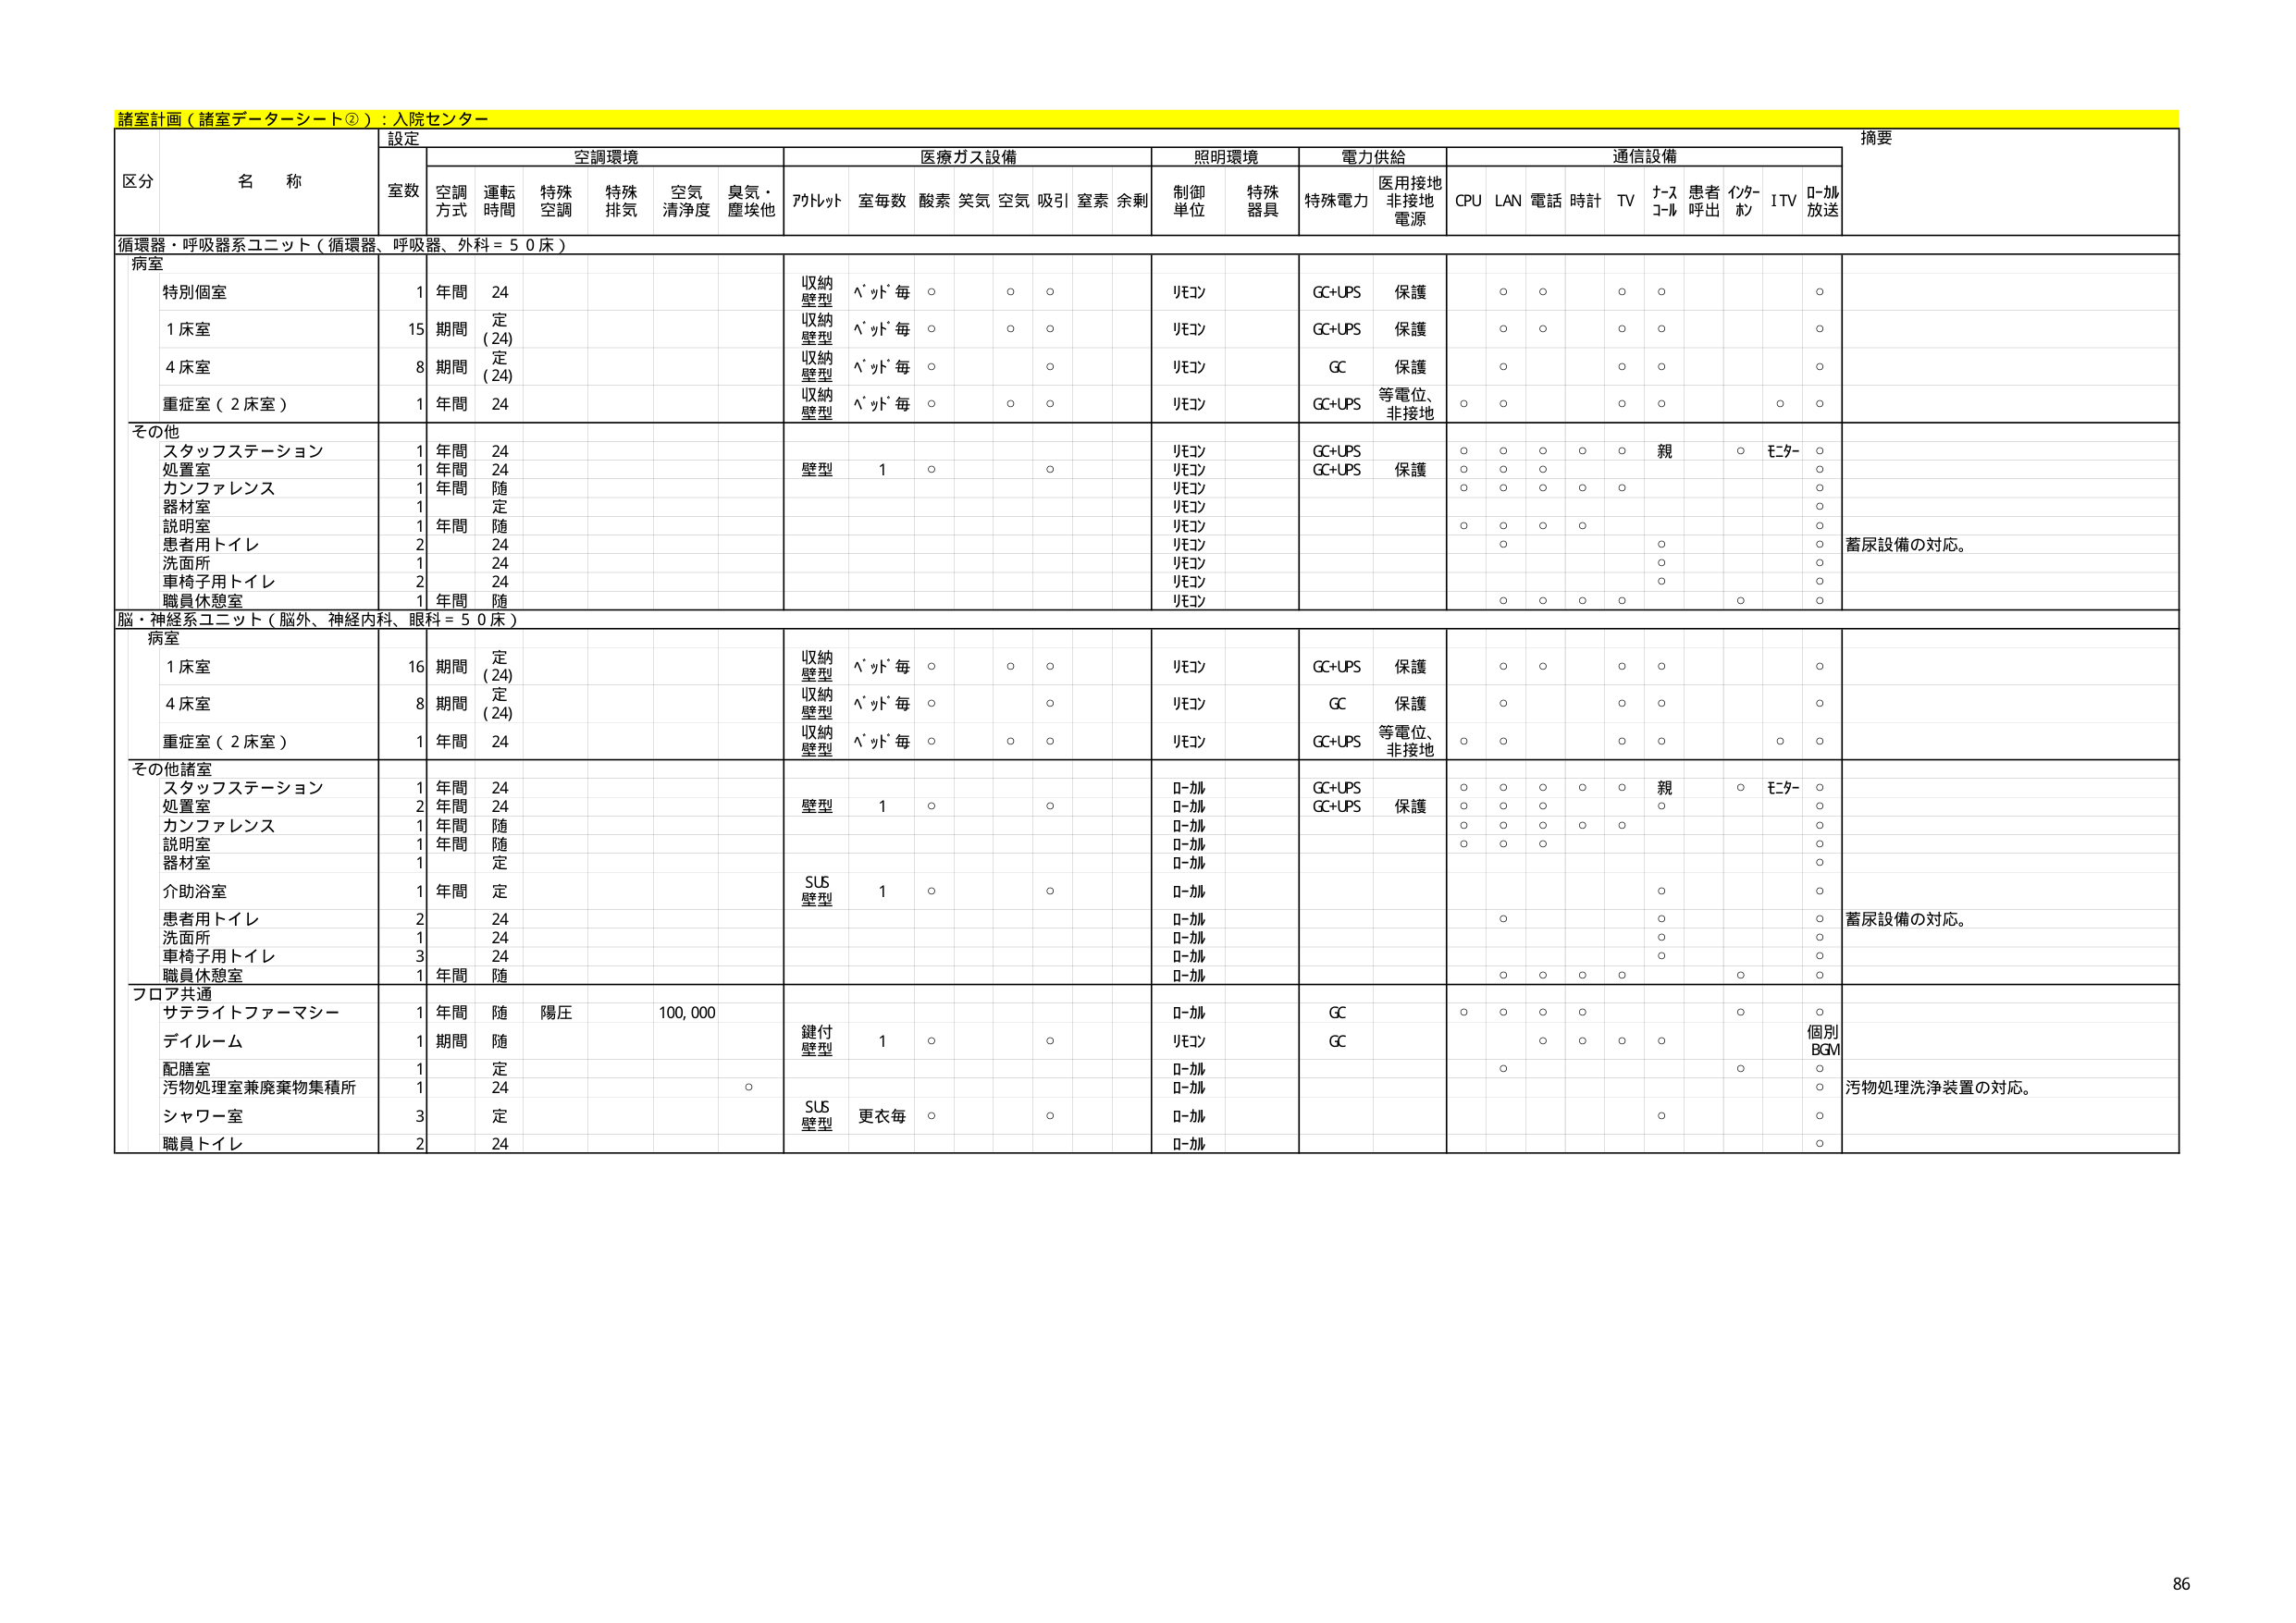
諸室計画（諸室データーシート②）：入院センター

区分 名称 設定 摘要
空調環境 医療ガス設備 照明環境 電力供給 通信設備
室数 空調方式 運転時間 特殊空調 特殊排気 空気清浄度 臭気・塵埃他 アルトット 室毎数 酸素 笑気 空気 吸引 窒素 余剰 制御単位 特殊器具 特殊電力 医用接地非接地電源 CPU LAN 電話 時計 TV ナースコール 患者呼出 インターホン ITV ローカル放送

循環器・呼吸器系ユニット（循環器、呼吸器、外科＝50床）
病室
特別個室 1 年間 24 収納壁型 ベッド毎 ○ ○ ○ リモコン GC+UPS 保護 ○ ○ ○ ○ ○
1床室 15 期間 定(24) 収納壁型 ベッド毎 ○ ○ ○ リモコン GC+UPS 保護 ○ ○ ○ ○ ○
4床室 8 期間 定(24) 収納壁型 ベッド毎 ○ ○ リモコン GC 保護 ○ ○ ○ ○
重症室（2床室） 1 年間 24 収納壁型 ベッド毎 ○ ○ ○ リモコン GC+UPS 等電位、非接地 ○ ○ ○ ○ ○ ○

その他
スタッフステーション 1 年間 24 リモコン GC+UPS ○ ○ ○ ○ ○ 親 ○ モニター ○
処置室 1 年間 24 壁型 1 ○ ○ リモコン GC+UPS 保護 ○ ○ ○ ○ ○
カンファレンス 1 年間 随 リモコン ○ ○ ○ ○
器材室 1 定 リモコン ○
説明室 1 年間 随 リモコン ○ ○ ○ ○
患者用トイレ 2 24 リモコン ○ ○ 蓄尿設備の対応。
洗面所 1 24 リモコン ○ ○
車椅子用トイレ 2 24 リモコン ○ ○
職員休憩室 1 年間 随 リモコン ○ ○ ○ ○ ○ ○

脳・神経系ユニット（脳外、神経内科、眼科＝50床）
病室
1床室 16 期間 定(24) 収納壁型 ベッド毎 ○ ○ ○ リモコン GC+UPS 保護 ○ ○ ○ ○ ○
4床室 8 期間 定(24) 収納壁型 ベッド毎 ○ ○ リモコン GC 保護 ○ ○ ○ ○
重症室（2床室） 1 年間 24 収納壁型 ベッド毎 ○ ○ ○ リモコン GC+UPS 等電位、非接地 ○ ○ ○ ○ ○ ○

その他諸室
スタッフステーション 1 年間 24 ローカル GC+UPS ○ ○ ○ ○ ○ 親 ○ モニター ○
処置室 2 年間 24 壁型 1 ○ ○ ローカル GC+UPS 保護 ○ ○ ○ ○
カンファレンス 1 年間 随 ローカル ○
説明室 1 年間 随 ローカル ○ ○ ○ ○
器材室 1 定 ローカル ○
介助浴室 1 年間 定 SUS壁型 1 ○ ○ ローカル ○ ○
患者用トイレ 2 24 ローカル ○ ○ 蓄尿設備の対応。
洗面所 1 24 ローカル ○ ○
車椅子用トイレ 3 24 ローカル ○ ○
職員休憩室 1 年間 随 ローカル ○ ○ ○ ○ ○ ○

フロア共通
サテライトファーマシー 1 年間 随 陽圧 100,000 鍵付壁型 1 ○ ○ ローカル GC ○ ○ ○ ○ ○ ○
デイルーム 1 期間 随 リモコン GC ○ ○ ○ ○ ○ 個別BGM
配膳室 1 定 ローカル ○
汚物処理室兼廃棄物集積所 1 24 ○ ローカル ○ 汚物処理洗浄装置の対応。
シャワー室 3 定 SUS壁型 更衣毎 ○ ○ ローカル ○ ○
職員トイレ 2 24 ローカル ○

86